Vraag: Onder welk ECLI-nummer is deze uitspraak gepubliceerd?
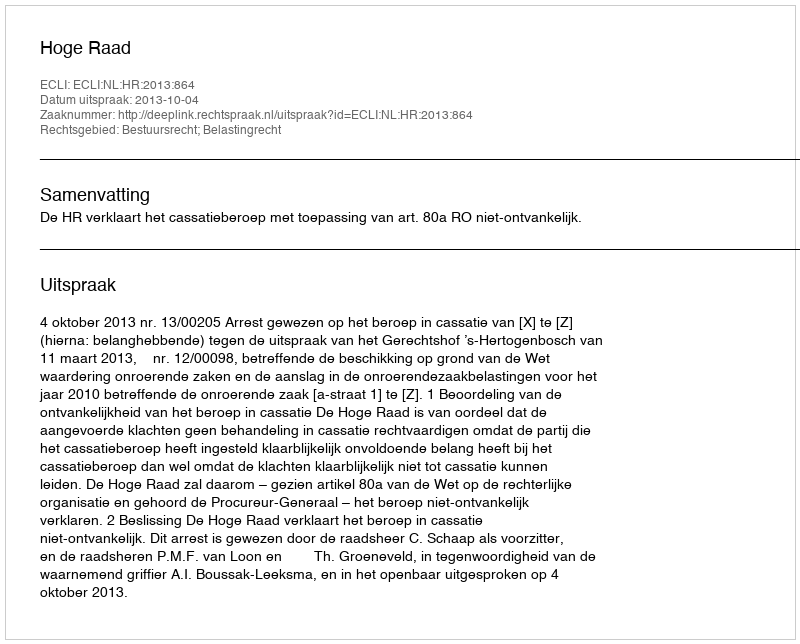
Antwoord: ECLI:NL:HR:2013:864